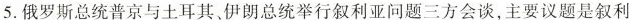
5.俄罗斯总统普京与土耳其、伊朗总统举行叙利亚问题三方会谈，主要议题是叙利